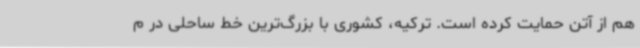
هم از آتن حمایت کرده است. ترکیه، کشوری با بزرگ‌ترین خط ساحلی در م